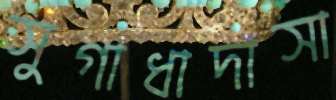
সুগাধাদাসা